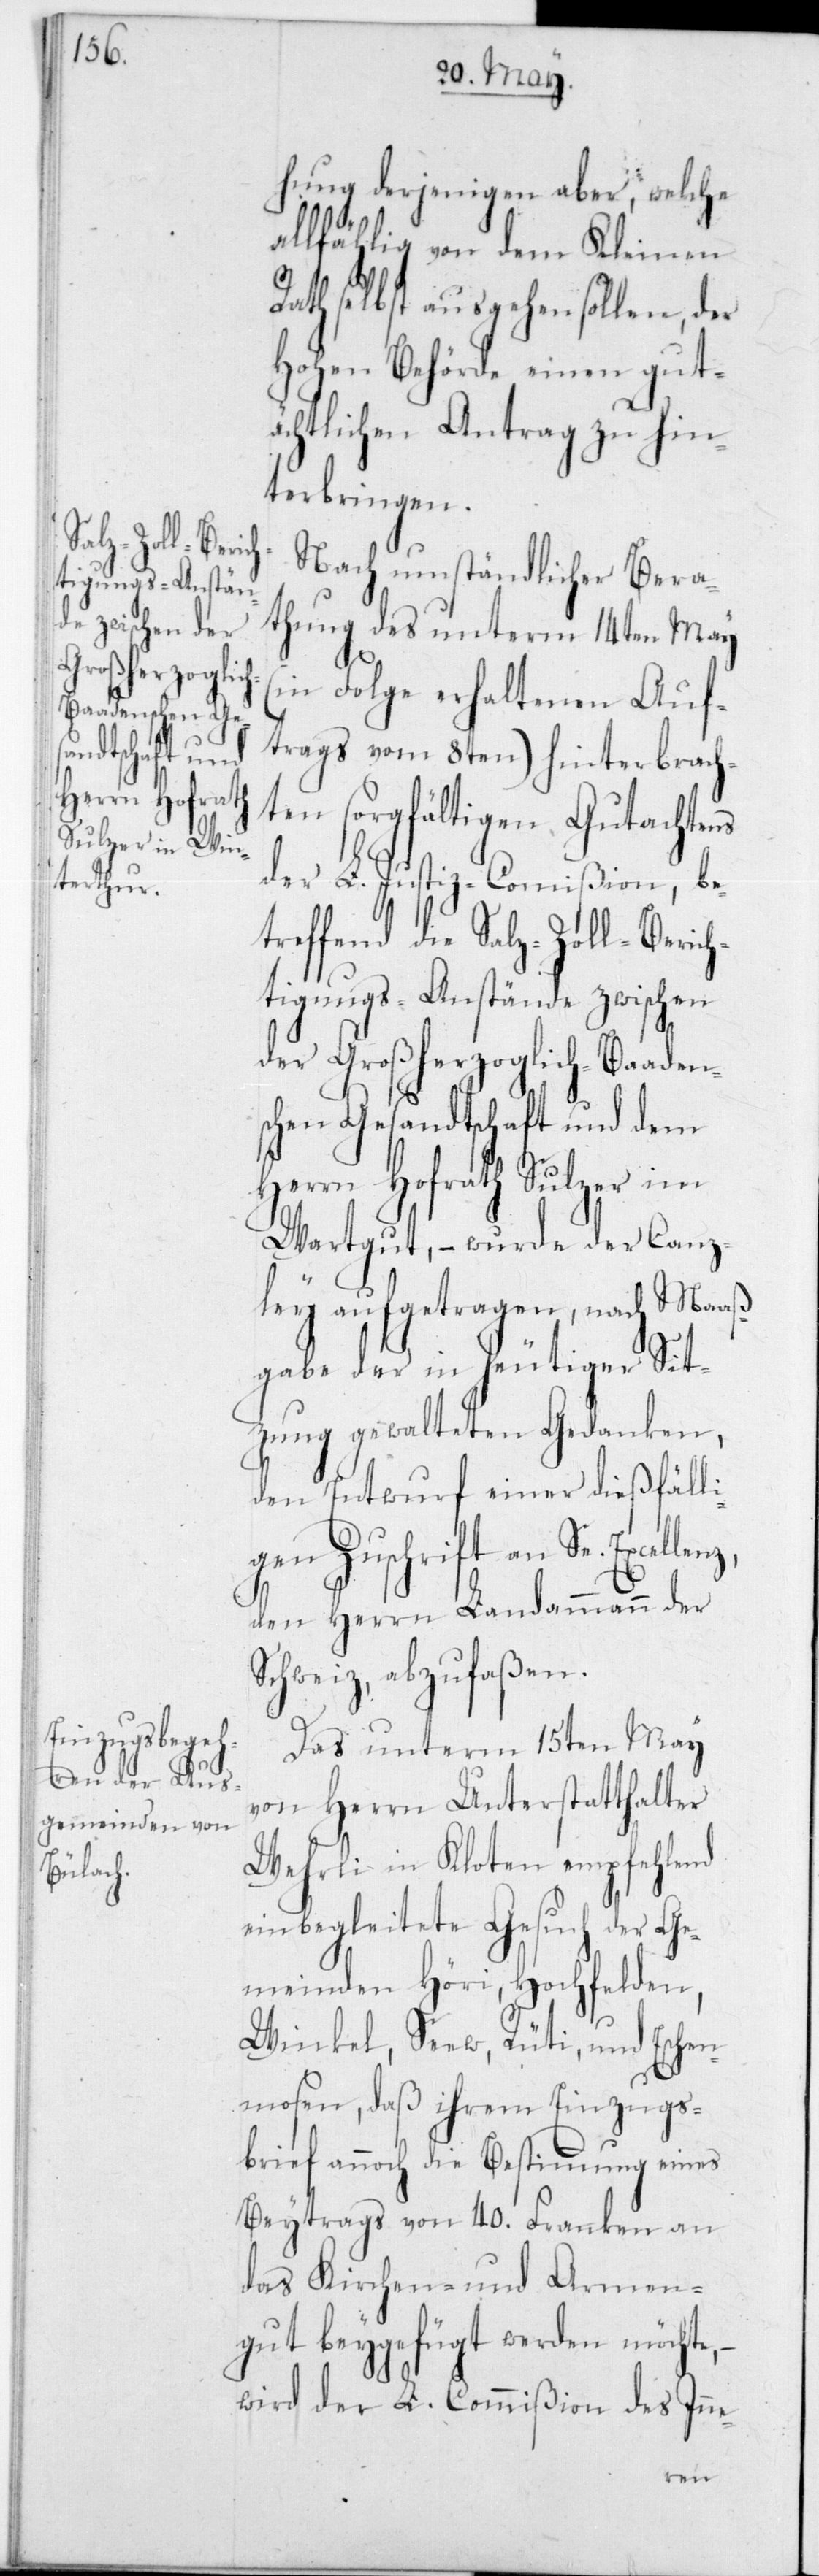
hung derjenigen aber, welche
allfählig von dem Kleinen
Rath selbst ausgehen sollen, der
Hohen Behörde einen gut¬
ächtlichen Antrag zu hin¬
terbringen.
Nach umständlicher Bera¬
thung des unterm 14ten May
(in Folge erhaltenen Auf¬
trags vom 8ten) hinterbrach¬
ten sorgfältigen Gutachtens
sc¬
der L. Justiz-Commißion, be¬
treffend die Salz-Zoll-Berich¬
tigungs-Anstände zwischen
der Großherzoglich-Baaden¬
hen Gesandtschaft und dem
Herrn Hofrath Sulzer im
Wartgut, – wurde der Canz¬
ley aufgetragen, nach Maaß¬
gabe der in heutiger Sit¬
zung gewalteten Gedanken,
den Entwurf einer dießfälli¬
gen Zuschrift an Se.
den Herrn Landammann der
Schweiz, abzufaßen.
Das unterm 15ten May
von Herrn Unterstatthalter
Wehrli in Kloten empfehlend
einbegleitete Gesuch der Ge¬
meinden Höri, Hochfelden,
Winkel, Seew, Rüti und Eschen¬
mosen, daß ihrem Einzugs¬
brief annoch die Bestimmung eines
Beytrags von 40 Franken an
das Kirchen- und Armen¬
gut beygefügt werden möchte,
wird der L. Commißion des Inne-